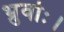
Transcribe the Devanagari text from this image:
भ्रुवोः।